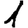
Digit: 1